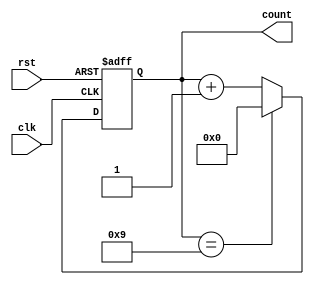
module ModulusCounter (
    input wire clk,
    input wire rst,
    output reg [N-1:0] count
);

parameter N = 8; // specify the count width
parameter MOD = 10; // specify the modulus

always @(posedge clk or posedge rst) begin
    if (rst) begin // reset condition
        count <= 0;
    end else begin
        if (count == MOD-1) begin // check if count is at modulus value
            count <= 0; // reset count back to zero
        end else begin
            count <= count + 1; // increment count
        end
    end
end

endmodule